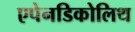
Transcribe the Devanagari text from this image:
एपेनडिकोलिथ